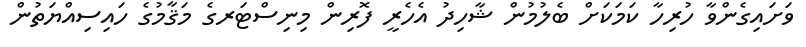
ވަށައިގެންވާ ހުރިހާ ކަމަކަށް ބެލުމުން ޝާހިދު އެހެރީ ފޮރިން މިނިސްޓަރގެ މަޤާމުގެ ހައިސިއްޔަތުން